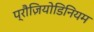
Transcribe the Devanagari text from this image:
प्रौज़ियोडिनियम